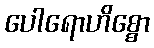
ပေါရောဟိစ္စော